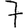
Digit: 7